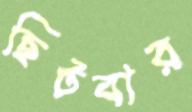
ছিটবার